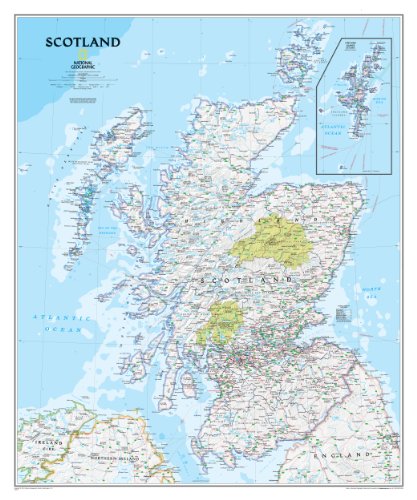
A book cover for Scotland Classic [Laminated] (National Geographic Reference Map); National Geographic Maps - Reference; Travel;